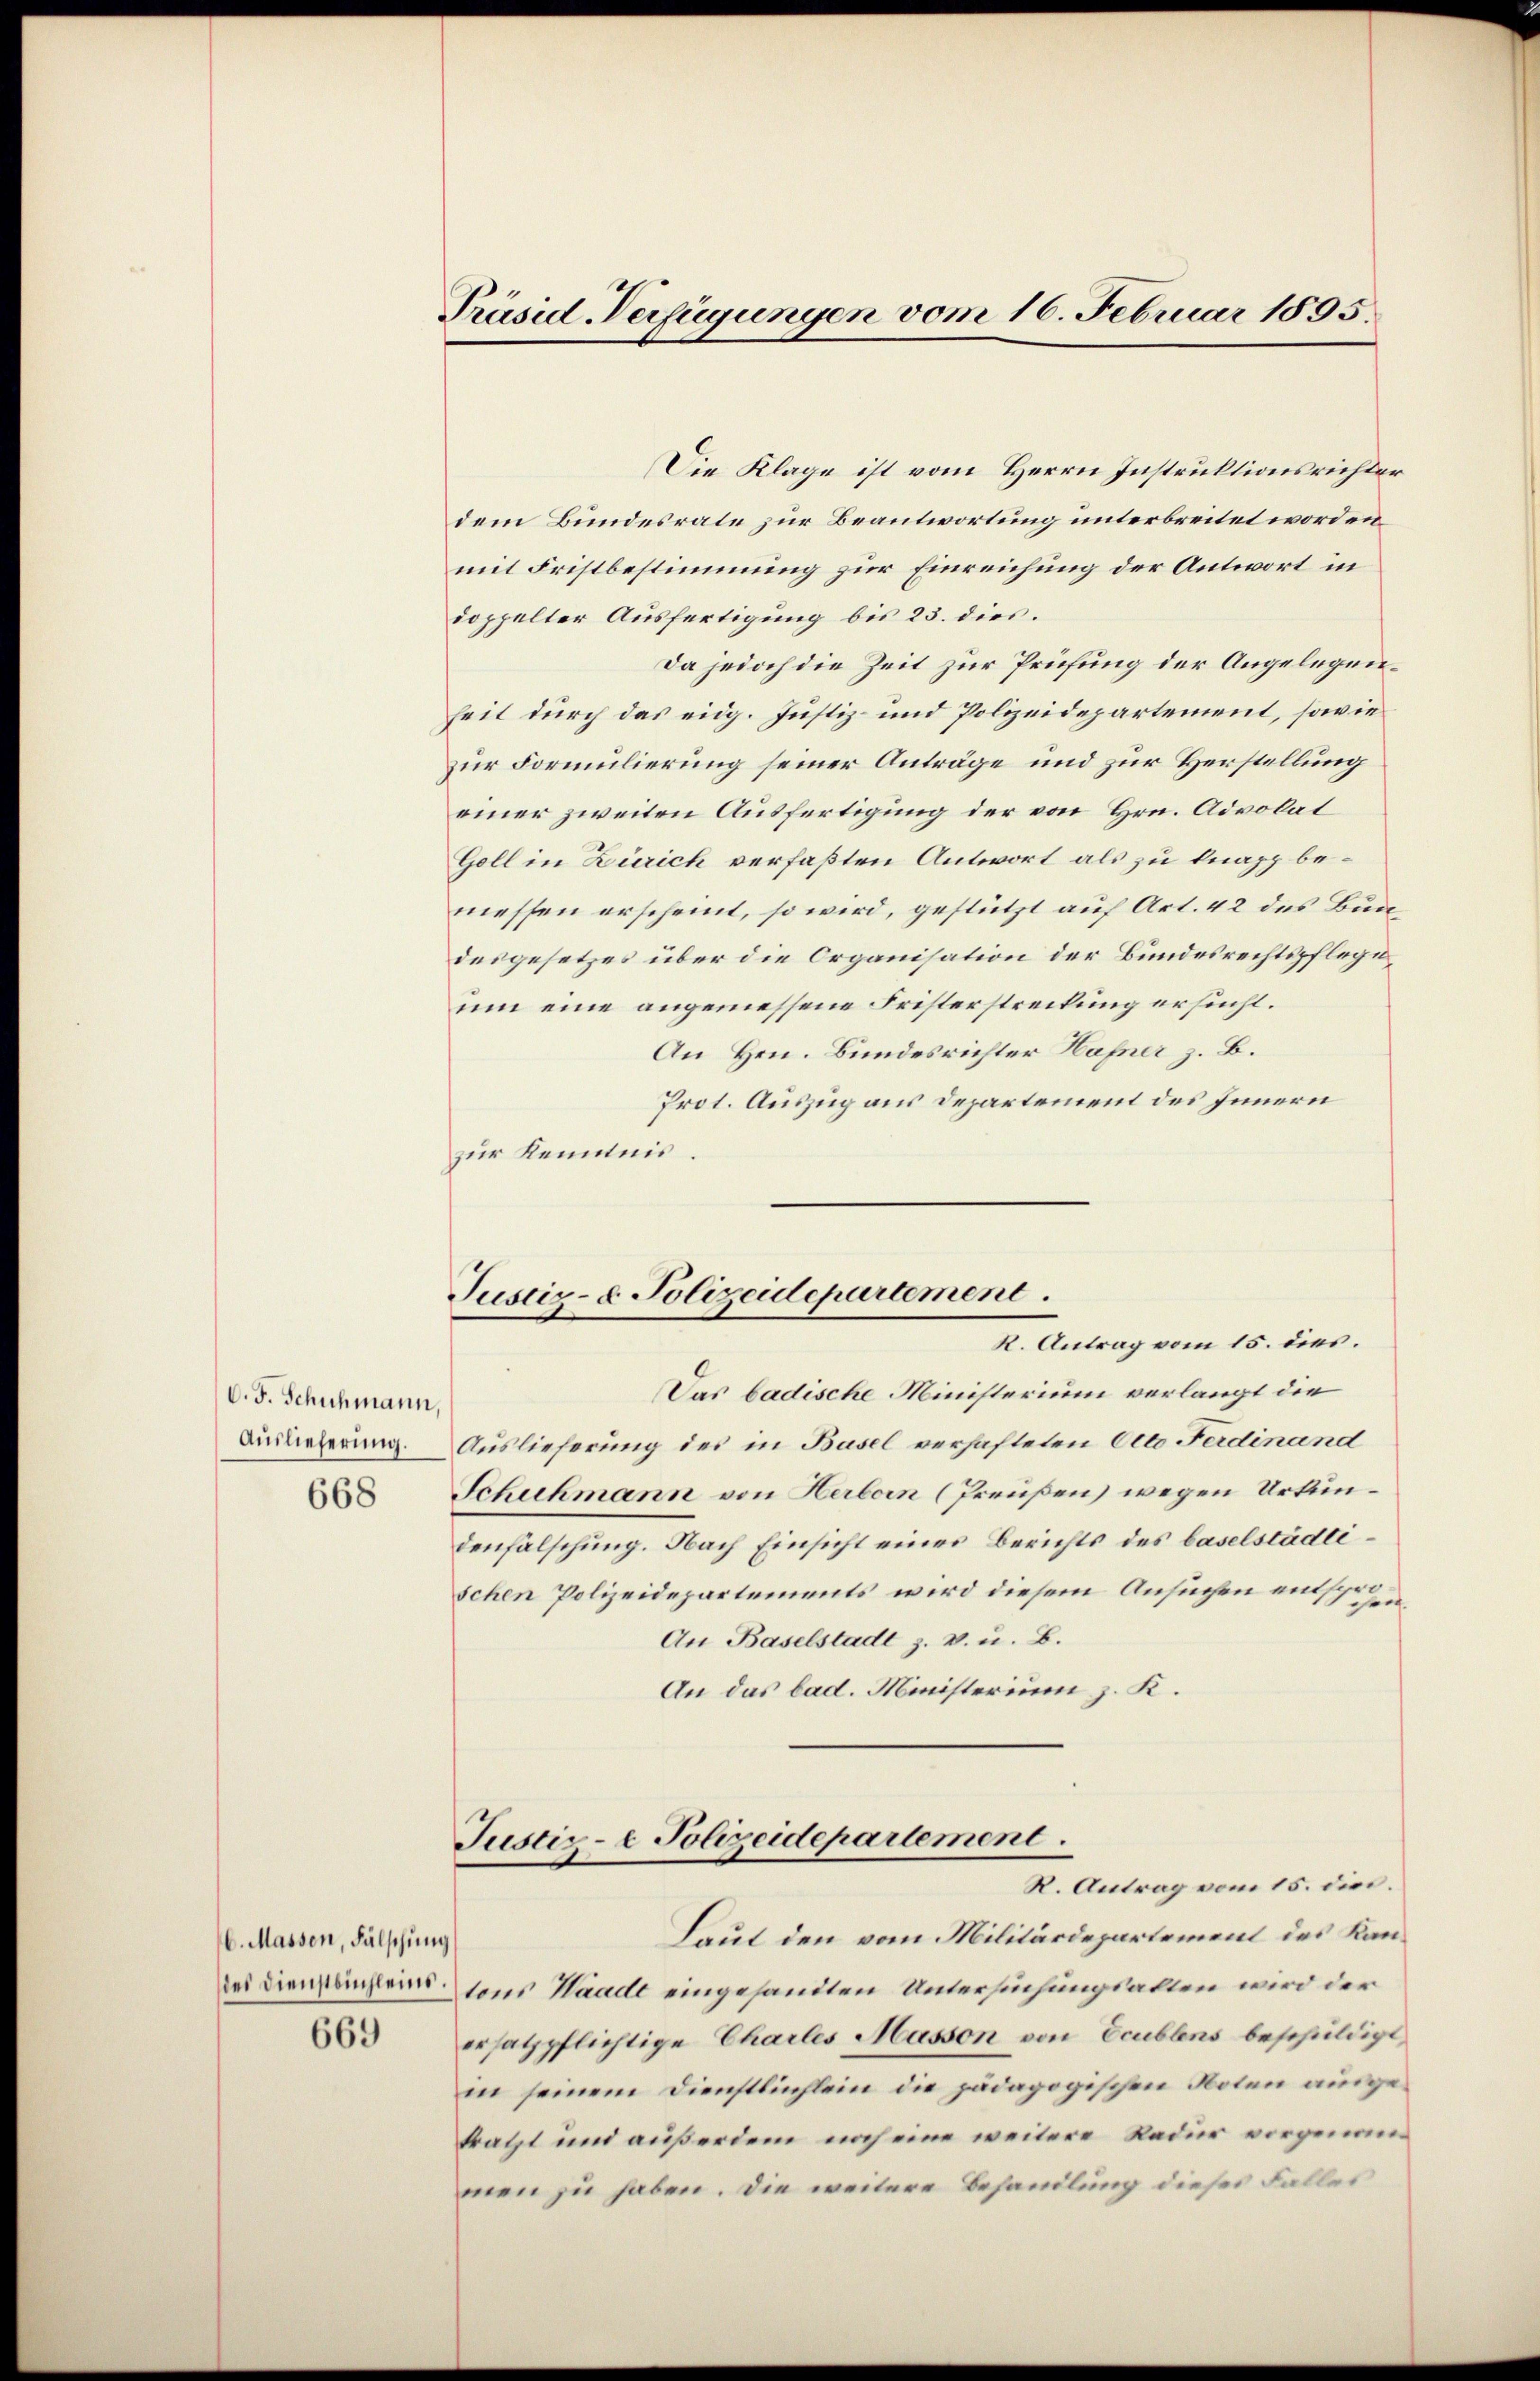
V. F. Schuhmann,
668

6. Massen, Fälschun
des Dienstbuchleins
669

Präsid-Verfügungen vom 16. Februar 1895.

Die Klage ist vom Herrn Instruktionsrichter
dem Bundesrate zur Beantwortung unterbreitet worden
mit Fristbestimmung zur Einreichung der Antwort in
doppelter Ausfertigung bis 23. dies.
Da jedoch die Zeit zur Prüfung der Angelegenheit durch das eidg. Justiz- und Polizeidepartement, sowie
zur Formulierung seiner Anträge und zur Herstellung
einer zweiten Ausfertigung der von Hrn. Advokat
Goll in Zürich verfaßten Antwort als zu knapp bemessen erscheint, so wird, gestützt auf Art. 42 des Bundesgesetzes über die Organisation der Bundesrechtspflegeum eine angemessene Fristerstreckung ersucht.
An Hrn. Bundesrichter Hafner z. B.
Prot. Auszug aus Departement des Innern
zur Kenntnis.

Justiz- & Polizeidepartement.
K. Antrag vom 15. dies.

Justiz- & Polizeidepartement.
R. Antrag vom 15. dies.

Das badische Ministerium verlangt die
Auslieferung. Auslieferung des in Basel verhafteten Otto Ferdinand
Schuhmann von Herborn (Preußen) wegen Urkundenfälschung. Nach Einsicht eines Berichts des baselstädtischen Polizeidepartements wird diesem Ansuchen entspre
An Baselstadt z. v. u. B.
An das bad. Ministerium z. K.

Laut den vom Militärdepartement des Kan¬
¬
tons Waadt eingesandten Untersuchungsalten wird der
ersatzpflichtige Charles Masson von Ecublens beschuldigt,
in seinem Dienstlichlein die pädagogischen Noten ausgekratzt und außerdem noch eine weitere Redur vorgenommen zu haben. Die weitere Behandlung dieses Falles